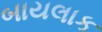
બાયલાક